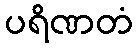
ပရိဏတံ